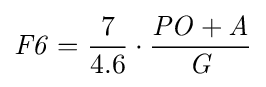
{\mathit {F6}}={7 \over 4.6}\cdot {{\mathit {PO}}+{\mathit {A}} \over {\mathit {G}}}